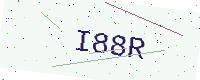
Text: I88R